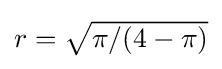
{\textstyle r={\sqrt {\pi /(4-\pi )}}}